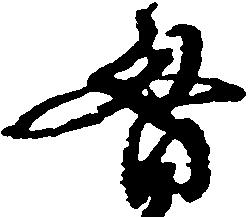
貫